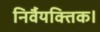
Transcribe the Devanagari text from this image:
निर्वैयक्तिक।